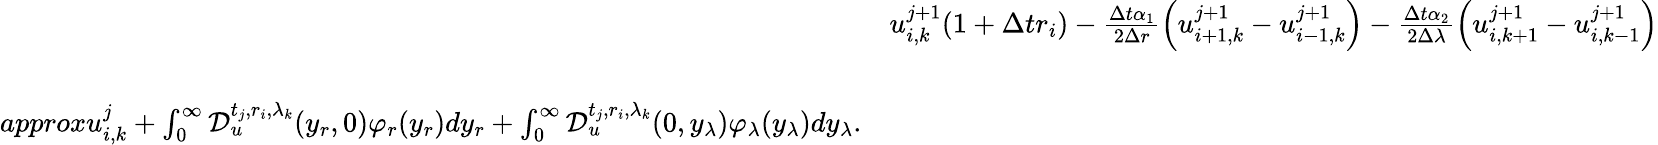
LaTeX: \begin{array}{rl}&{u_{i,k}^{j+1}(1+\Delta tr_{i})-\frac{\Delta t\alpha_{1}}{2\Delta r}\left(u_{i+1,k}^{j+1}-u_{i-1,k}^{j+1}\right)-\frac{\Delta t\alpha_{2}}{2\Delta\lambda}\left(u_{i,k+1}^{j+1}-u_{i,k-1}^{j+1}\right)}\\ &{\ \ }\\ {approxu_{i,k}^{j}+\int_{0}^{\infty}\mathcal{D}_{u}^{t_{j},r_{i},\lambda_{k}}(y_{r},0)\varphi_{r}(y_{r})dy_{r}+\int_{0}^{\infty}\mathcal{D}_{u}^{t_{j},r_{i},\lambda_{k}}(0,y_{\lambda})\varphi_{\lambda}(y_{\lambda})dy_{\lambda}.}\end{array}